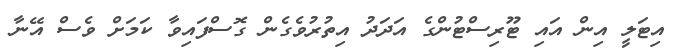
އިޓަލީ އިން އައި ޓޫރިސްޓުންގެ އަދަދު އިތުރުވެގެން ގޮސްފައިވާ ކަމަށް ވެސް އޭނާ